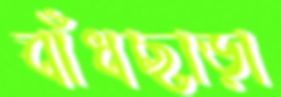
বাঁধছাড়া